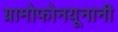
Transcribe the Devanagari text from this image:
ग्रामोफोनयूनानी